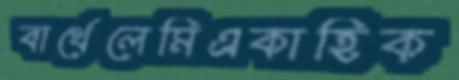
বার্থেলেমিএকাহিক